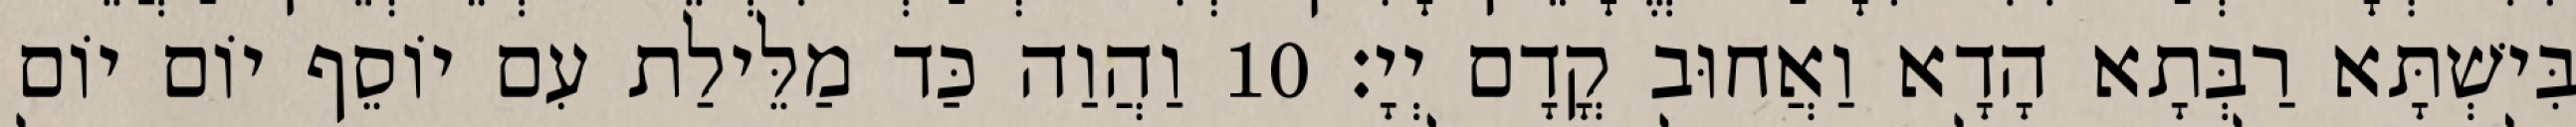
בִּישְׁתָּא רַבְּתָא הָדָא וַאֲחוּב קֳדָם יְיָ׃ 10 וַהֲוַה כַּד מַלֵּילַת עִם יוֹסֵף יוֹם יוֹם